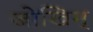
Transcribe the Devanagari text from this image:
जोखिम्